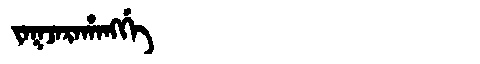
Manchu: ᠵᠠᡴᠵᠠᡵᠠᡥᠠᠩᡤᡝ
Romanization: JAKJARAHANGGE